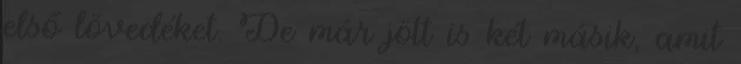
első lövedéket. De már jött is két másik, amit